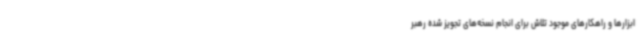
ابزارها و راهکارهای موجود تلاش برای انجام نسخه‌های تجویز شده رهبر